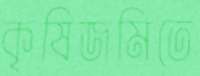
কৃষিজমিতে